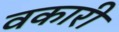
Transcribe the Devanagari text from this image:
वकारी